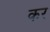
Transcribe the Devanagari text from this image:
कर